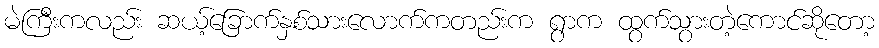
မဲကြီးကလည်း ဆယ့်ခြောက်နှစ်သားလောက်ကတည်းက ရွာက ထွက်သွားတဲ့ကောင်ဆိုတော့